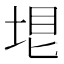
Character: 𡋳